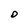
Character: O